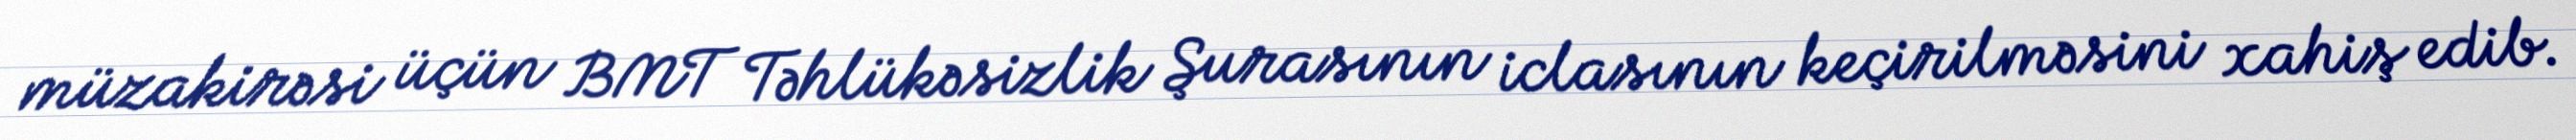
müzakirəsi üçün BMT Təhlükəsizlik Şurasının iclasının keçirilməsini xahiş edib.